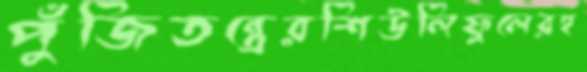
পুঁজিতন্ত্রেরশিউলিফুলেরহ